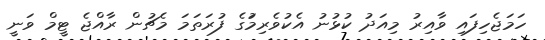
ހަމަޖެހިފައި ވާއިރު މިއަދު ކުޅުނު އެކުވެރިމަުގެ ފުރަތަމަ މެޗުން ރާއްޖެ ޓީމް ވަނީ